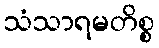
သံသာရမတိစ္စ